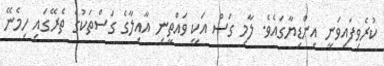
ކުރެވިފައިވަނީ އިންޑިޔާގައެވެ. ލާމި ގަސް އަކީ ވައްތީނި އާއިލާގެ ގަސްތަކުގެ ތެރޭގައި ހިމެނޭ